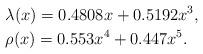
LaTeX: \begin{align*}&\lambda(x)=0.4808x+0.5192x^{3},\\&\rho(x)=0.553x^{4}+0.447x^{5}.\end{align*}